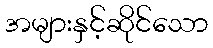
အများနှင့်ဆိုင်သော